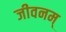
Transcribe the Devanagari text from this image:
जीवनम्‌